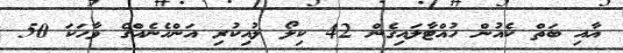
އާއި ބަތް ކެއުން ހުއްޓާލައިގެން 42 ކިލޯ ލުއިކުރި އަންހެނެއްގެ ވާހަކަ 50